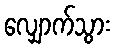
လျှောက်သွား